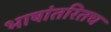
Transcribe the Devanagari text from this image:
भाषांतरितच